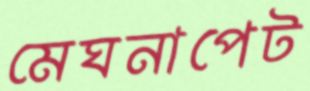
মেঘনাপেট